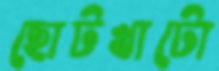
ছোটখাটো